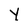
Character: Y